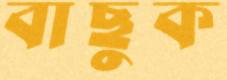
বাছুক